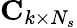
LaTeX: \mathbf{C}_{k\times N_{s}}